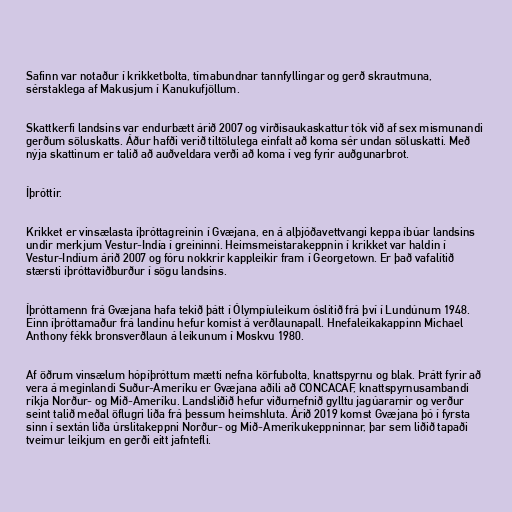
Safinn var notaður í krikketbolta, tímabundnar tannfyllingar og gerð skrautmuna,
sérstaklega af Makusjum í Kanukufjöllum.

Skattkerfi landsins var endurbætt árið 2007 og virðisaukaskattur tók við af sex mismunandi
gerðum söluskatts. Áður hafði verið tiltölulega einfalt að koma sér undan söluskatti. Með
nýja skattinum er talið að auðveldara verði að koma í veg fyrir auðgunarbrot.

Íþróttir.

Krikket er vinsælasta íþróttagreinin í Gvæjana, en á alþjóðavettvangi keppa íbúar landsins
undir merkjum Vestur-Indía í greininni. Heimsmeistarakeppnin í krikket var haldin í
Vestur-Indíum árið 2007 og fóru nokkrir kappleikir fram í Georgetown. Er það vafalítið
stærsti íþróttaviðburður í sögu landsins.

Íþróttamenn frá Gvæjana hafa tekið þátt í Ólympíuleikum óslitið frá því í Lundúnum 1948.
Einn íþróttamaður frá landinu hefur komist á verðlaunapall. Hnefaleikakappinn Michael
Anthony fékk bronsverðlaun á leikunum í Moskvu 1980.

Af öðrum vinsælum hópíþróttum mætti nefna körfubolta, knattspyrnu og blak. Þrátt fyrir að
vera á meginlandi Suður-Ameríku er Gvæjana aðili að CONCACAF, knattspyrnusambandi
ríkja Norður- og Mið-Ameríku. Landsliðið hefur viðurnefnið gylltu jagúararnir og verður
seint talið meðal öflugri liða frá þessum heimshluta. Árið 2019 komst Gvæjana þó í fyrsta
sinn í sextán liða úrslitakeppni Norður- og Mið-Ameríkukeppninnar, þar sem liðið tapaði
tveimur leikjum en gerði eitt jafntefli.